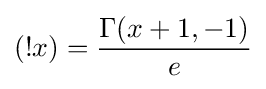
(!x)={\frac {\Gamma (x+1,-1)}{e}}